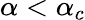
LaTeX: \alpha<\alpha_{c}